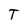
Character: T